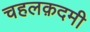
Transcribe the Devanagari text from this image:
चहलक़दमी